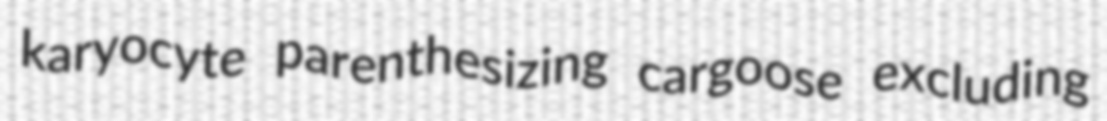
karyocyte parenthesizing cargoose excluding